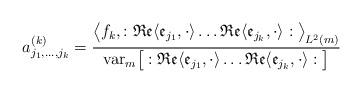
LaTeX: \begin{align*}a_{j_1,\dots, j_k}^{(k)}=\frac{\big\langle f_k,:\mathfrak{Re}\langle \mathfrak{e}_{j_1},\cdot\rangle\dots\mathfrak{Re}\langle \mathfrak{e}_{j_k},\cdot\rangle:\big\rangle_{L^2(m)}}{\mathrm{var}_m\big[:\mathfrak{Re}\langle \mathfrak{e}_{j_1},\cdot\rangle\dots \mathfrak{Re}\langle \mathfrak{e}_{j_k},\cdot\rangle:\big]}\end{align*}